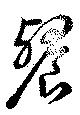
餐